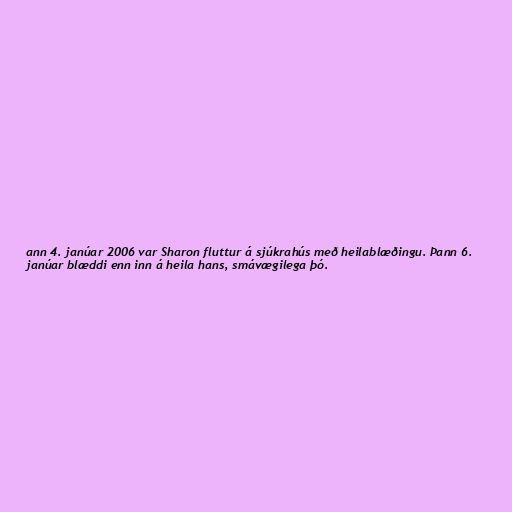
ann 4. janúar 2006 var Sharon fluttur á sjúkrahús með heilablæðingu. Þann 6.
janúar blæddi enn inn á heila hans, smávægilega þó.